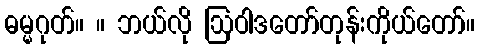
ဓမ္မဂုတ်။ ။ ဘယ်လို ဩဝါဒတော်တုန်းကိုယ်တော်။